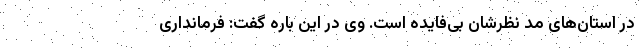
در استان‌های مد نظرشان بی‌فایده است. وی در این باره گفت: فرمانداری